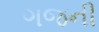
ગજની